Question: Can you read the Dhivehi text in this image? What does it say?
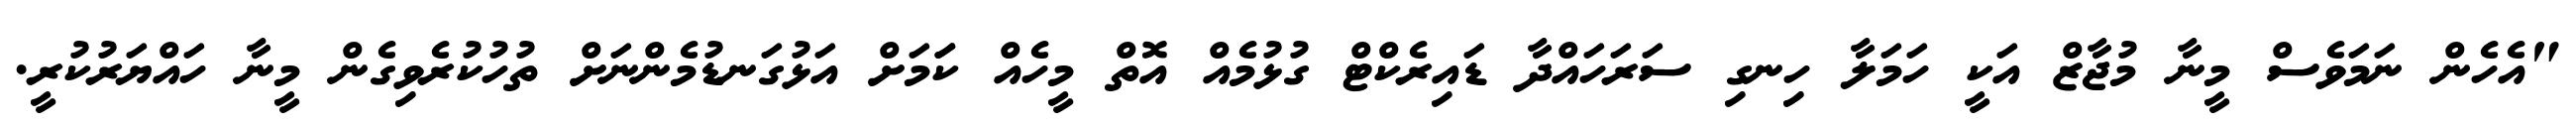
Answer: "އެހެން ނަމަވެސް މީނާ މުޖާޒް އަކީ ހަމަލާ ހިނގި ސަރަހައްދާ ޑައިރެކްޓް ގުޅުމެއް އޮތް މީހެއް ކަަމަށް އަޅުގަނޑުމެންނަށް ތުހުކުރެވިގެން މީނާ ހައްޔަރުކުރީ.